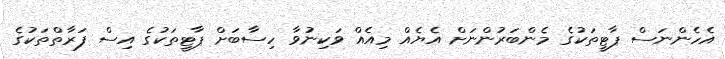
އެހެންނަސް ޕާޓީތަކުގެ މެންބަރުންނަށް އެޔެއް މިއެއް ވަކިނުވާ ހިސާބަށް ޕާޓީތަކުގެ އިސް ފަރާތްތަކުގެ